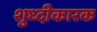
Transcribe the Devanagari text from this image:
शुध्दीकारक